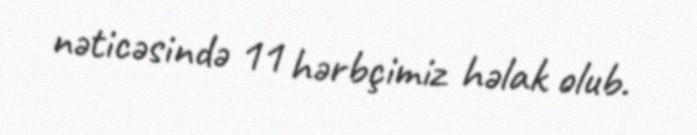
nəticəsində 11 hərbçimiz həlak olub.